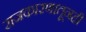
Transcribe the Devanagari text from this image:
राजकारणातूनही